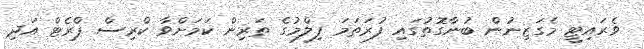
ވެރައިޓީ މެގަޒިނުން ބުނާގޮތުގައި ފުރަތަމަ ފިލްމުގެ ތަރިން ކަމަށްވާ ކްރިސް ޕްރެޓް އަދި